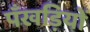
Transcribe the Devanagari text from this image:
पँखड़ियों